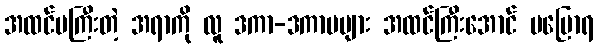
အထင်မကြီးတဲ့ အရာကို လူ ဒကာ-ဒကာမများ အထင်ကြီးအောင် မပြောရ